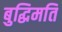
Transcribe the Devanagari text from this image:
बुद्धिमति